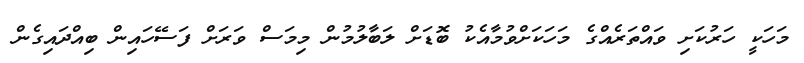
މަހަކީ ހަރުކަށި ވައްތަރެއްގެ މަހަކަށްވުމާއެކު ބޮޑަށް ލަބާލުމުން މިމަސް ވަރަށް ފަސޭހައިން ބިއްދައިގެން